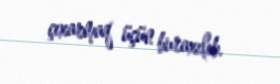
çıxarmaq üçün buraxılıb.